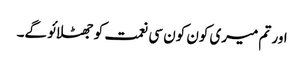
اور تم میری کون کون سی نعمت کو جھٹلائو گے۔